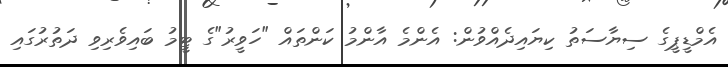
އެމްޑީޕީގެ ސިޔާސަތު ކިޔައިދެއްވުން: އެންމެ އާންމު ކަންތައް "ހަވީރު"ގެ ޓީމު ބައިވެރިވި ދަތުރުގައި